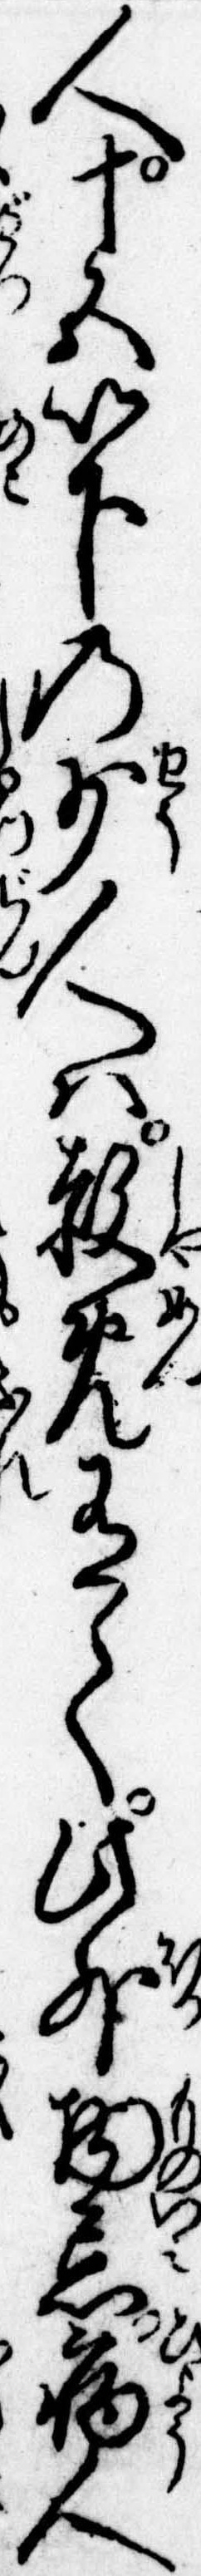
人十五以下の少人は赦免有て此外物忌病人